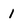
Character: 1